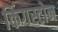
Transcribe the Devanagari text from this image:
किंगस्टोन